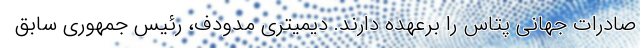
صادرات جهانی پتاس را برعهده دارند. دیمیتری مدودف، رئیس جمهوری سابق